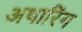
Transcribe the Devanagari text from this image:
अथारिंग